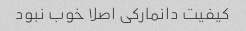
کیفیت دانمارکی اصلا خوب نبود